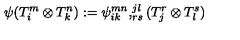
\psi ( T _ { i } ^ { m } \otimes T _ { k } ^ { n } ) : = \psi _ { i k } ^ { m n } , _ { r s } ^ { j l } ( T _ { j } ^ { r } \otimes T _ { l } ^ { s } )